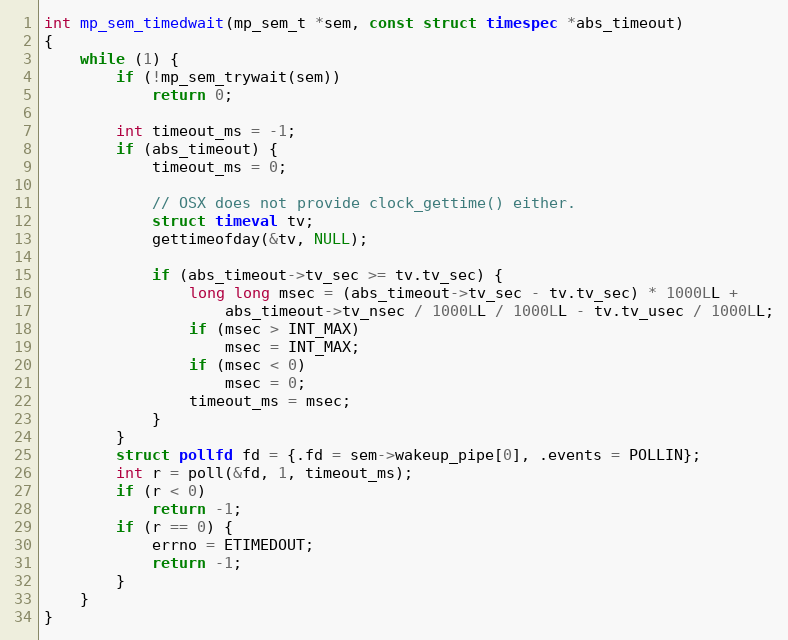
Language: C
int mp_sem_timedwait(mp_sem_t *sem, const struct timespec *abs_timeout)
{
    while (1) {
        if (!mp_sem_trywait(sem))
            return 0;

        int timeout_ms = -1;
        if (abs_timeout) {
            timeout_ms = 0;

            // OSX does not provide clock_gettime() either.
            struct timeval tv;
            gettimeofday(&tv, NULL);

            if (abs_timeout->tv_sec >= tv.tv_sec) {
                long long msec = (abs_timeout->tv_sec - tv.tv_sec) * 1000LL +
                    abs_timeout->tv_nsec / 1000LL / 1000LL - tv.tv_usec / 1000LL;
                if (msec > INT_MAX)
                    msec = INT_MAX;
                if (msec < 0)
                    msec = 0;
                timeout_ms = msec;
            }
        }
        struct pollfd fd = {.fd = sem->wakeup_pipe[0], .events = POLLIN};
        int r = poll(&fd, 1, timeout_ms);
        if (r < 0)
            return -1;
        if (r == 0) {
            errno = ETIMEDOUT;
            return -1;
        }
    }
}